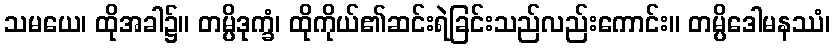
သမယေ၊ ထိုအခါ၌။ တမ္ပိဒုက္ခံ၊ ထိုကိုယ်၏ဆင်းရဲခြင်းသည်လည်းကောင်း။ တမ္ပိဒေါမနဿံ၊